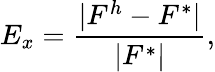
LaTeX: E_{x}=\frac{|F^{h}-F^{*}|}{|F^{*}|},